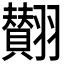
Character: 𮋘